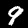
Label: 9